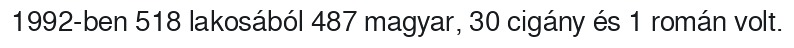
1992-ben 518 lakosából 487 magyar, 30 cigány és 1 román volt.